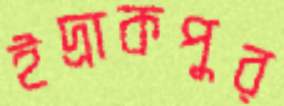
ইদ্রাকপুর